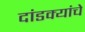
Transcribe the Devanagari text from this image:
दांडक्यांचे